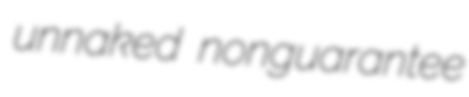
unnaked nonguarantee